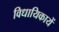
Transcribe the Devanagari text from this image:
विधायिकायें